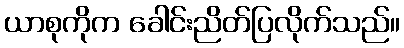
ယာစုကိုက ခေါင်းညိတ်ပြလိုက်သည်။